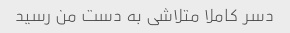
دسر کاملا متلاشی به دست من رسید